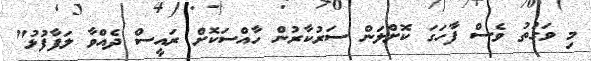
މި ވަގުތު ވެސް ފާހަގަ ކޮށްލަން ސަރުކާރުން ހާއްސަކޮށް ރައީސް ދެއްވާ ލަފާފުޅު"